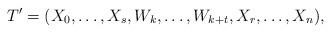
LaTeX: \begin{align*} T' = (X_0, \dots, X_s, W_k, \dots, W_{k+t}, X_r, \dots, X_n), \end{align*}